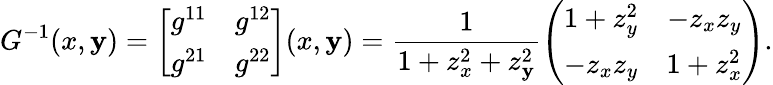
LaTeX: G^{-1}(x,\mathbf{y})=\left[\begin{array}{ll}{g^{11}}&{g^{12}}\\ {g^{21}}&{g^{22}}\end{array}\right](x,\mathbf{y})=\frac{{1}}{{1+z_{x}^{2}+z_{\mathbf{y}}^{2}}}\left(\begin{array}{cc}{1+z_{y}^{2}}&{-z_{x}z_{y}}\\ {-z_{x}z_{y}}&{1+z_{x}^{2}}\end{array}\right).